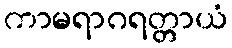
ကာမရာဂရတ္တာယံ